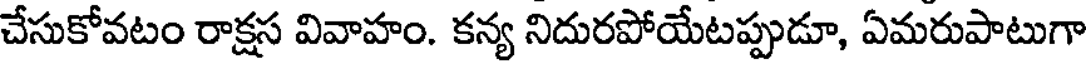
చేసుకోవటం రాక్షస వివాహం. కన్య నిదురపోయేటప్పుడూ, ఏమరుపాటుగా